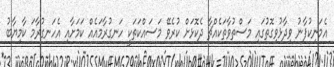
އެމަނިކުފާނު ވިދާޅުވިގޮތުގައި މަސްތުވާތަކެއްޗާ ދެކޮޅަށް ކުރެވޭ މަސައްކަތަކީ ހަނގުރާމައެއް ކަމަށާއި އެހަނގުރާމަ ކާމިޔާބު